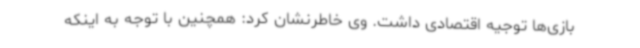
بازی‌ها توجیه اقتصادی داشت. وی خاطرنشان کرد: همچنین با توجه به اینکه